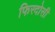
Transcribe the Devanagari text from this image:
फिरदोसी